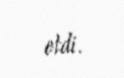
etdi.